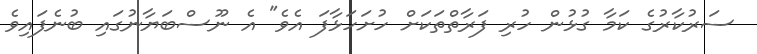
ސަރުކާރުގެ ކަމާ ގުޅުން ހުރި ފަރާތްތަކަށް ހުށަހަޅާފަ އެވެ" އެ ނޫސްބަޔާނުގައި ބުނެފައިވެ